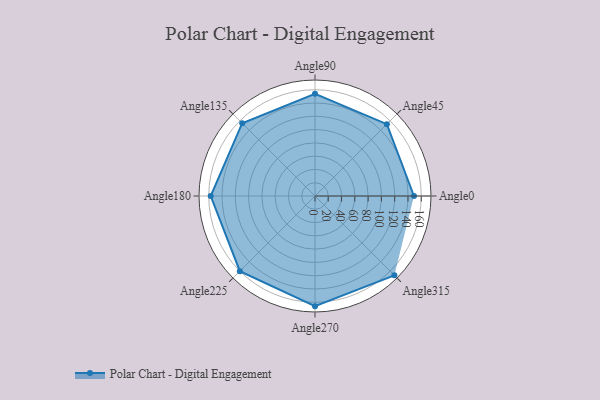
{"axis": {"x": "Angle", "y": "Radius"}, "legend": [""], "data": [{"x": "Angle0", "y": 149.0, "type": ""}, {"x": "Angle45", "y": 153.0, "type": ""}, {"x": "Angle90", "y": 154.0, "type": ""}, {"x": "Angle135", "y": 155.0, "type": ""}, {"x": "Angle180", "y": 157.0, "type": ""}, {"x": "Angle225", "y": 160.0, "type": ""}, {"x": "Angle270", "y": 166.0, "type": ""}, {"x": "Angle315", "y": 169.0, "type": ""}]}